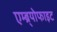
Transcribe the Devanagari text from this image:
एम्ब्र्योफाइट